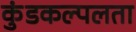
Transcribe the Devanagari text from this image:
कुंडकल्पलता